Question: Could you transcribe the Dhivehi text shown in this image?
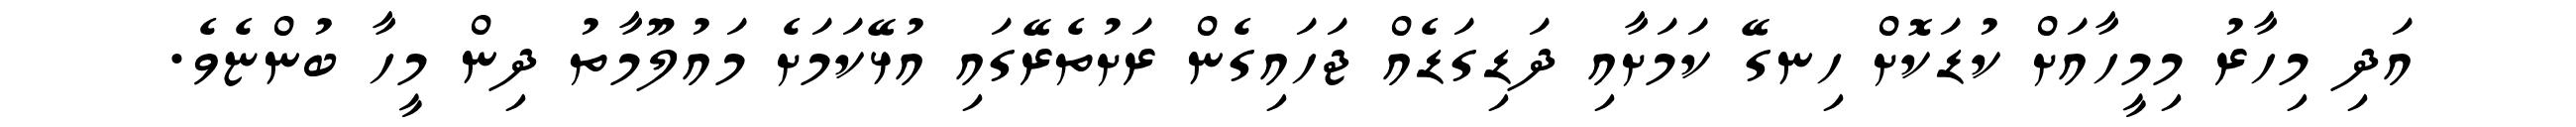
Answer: އަދި މިހާރު މިމީހާއަށް ކުޑަކޮށް ހިނގޭ ކަމަށާއި ދަޑިގަޑެއް ޖަހައިގެން ރަށުތެރޭގައި އުޅޭކަމަށެ މައުލޫމާތު ދިން މީހާ ބުންޏެވެ.